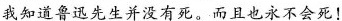
我知道鲁迅先生并没有死。而且也永不会死！